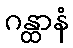
ဂန္ထာနံ